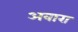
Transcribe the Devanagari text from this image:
अवारा